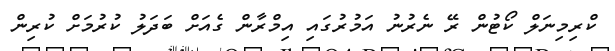
ކްރިމިނަލް ކޯޓުން ރޭ ނެރުނު އަމުރުގައި އިމްރާން ގެއަށް ބަދަލު ކުރުމަށް ކުރިން